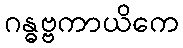
ဂန္ဓဗ္ဗကာယိကေ